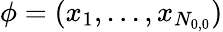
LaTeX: \phi=(x_{1},...,x_{N_{0,0}})